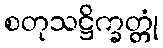
စတုသဋ္ဌိက္ခတ္တုံ